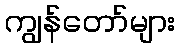
ကျွန်တော်များ